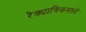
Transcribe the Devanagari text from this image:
रेक्याविकमध्ये